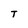
Character: T